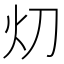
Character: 灱